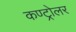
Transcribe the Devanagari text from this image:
कण्ट्रोलर